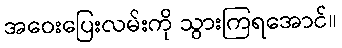
အဝေးပြေးလမ်းကို သွားကြရအောင်။